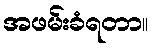
အဖမ်းခံရတာ။